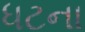
ધટના